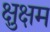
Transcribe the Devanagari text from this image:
क्षुक्षम